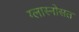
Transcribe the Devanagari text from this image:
ग्लास्नोसत